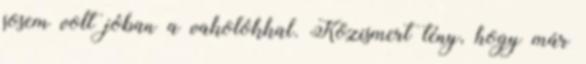
sosem volt jóban a vakolókkal. Közismert tény, hogy már